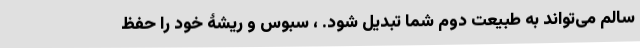
سالم می‌تواند به طبیعت دوم شما تبدیل شود. ، سبوس و ریشۀ خود را حفظ